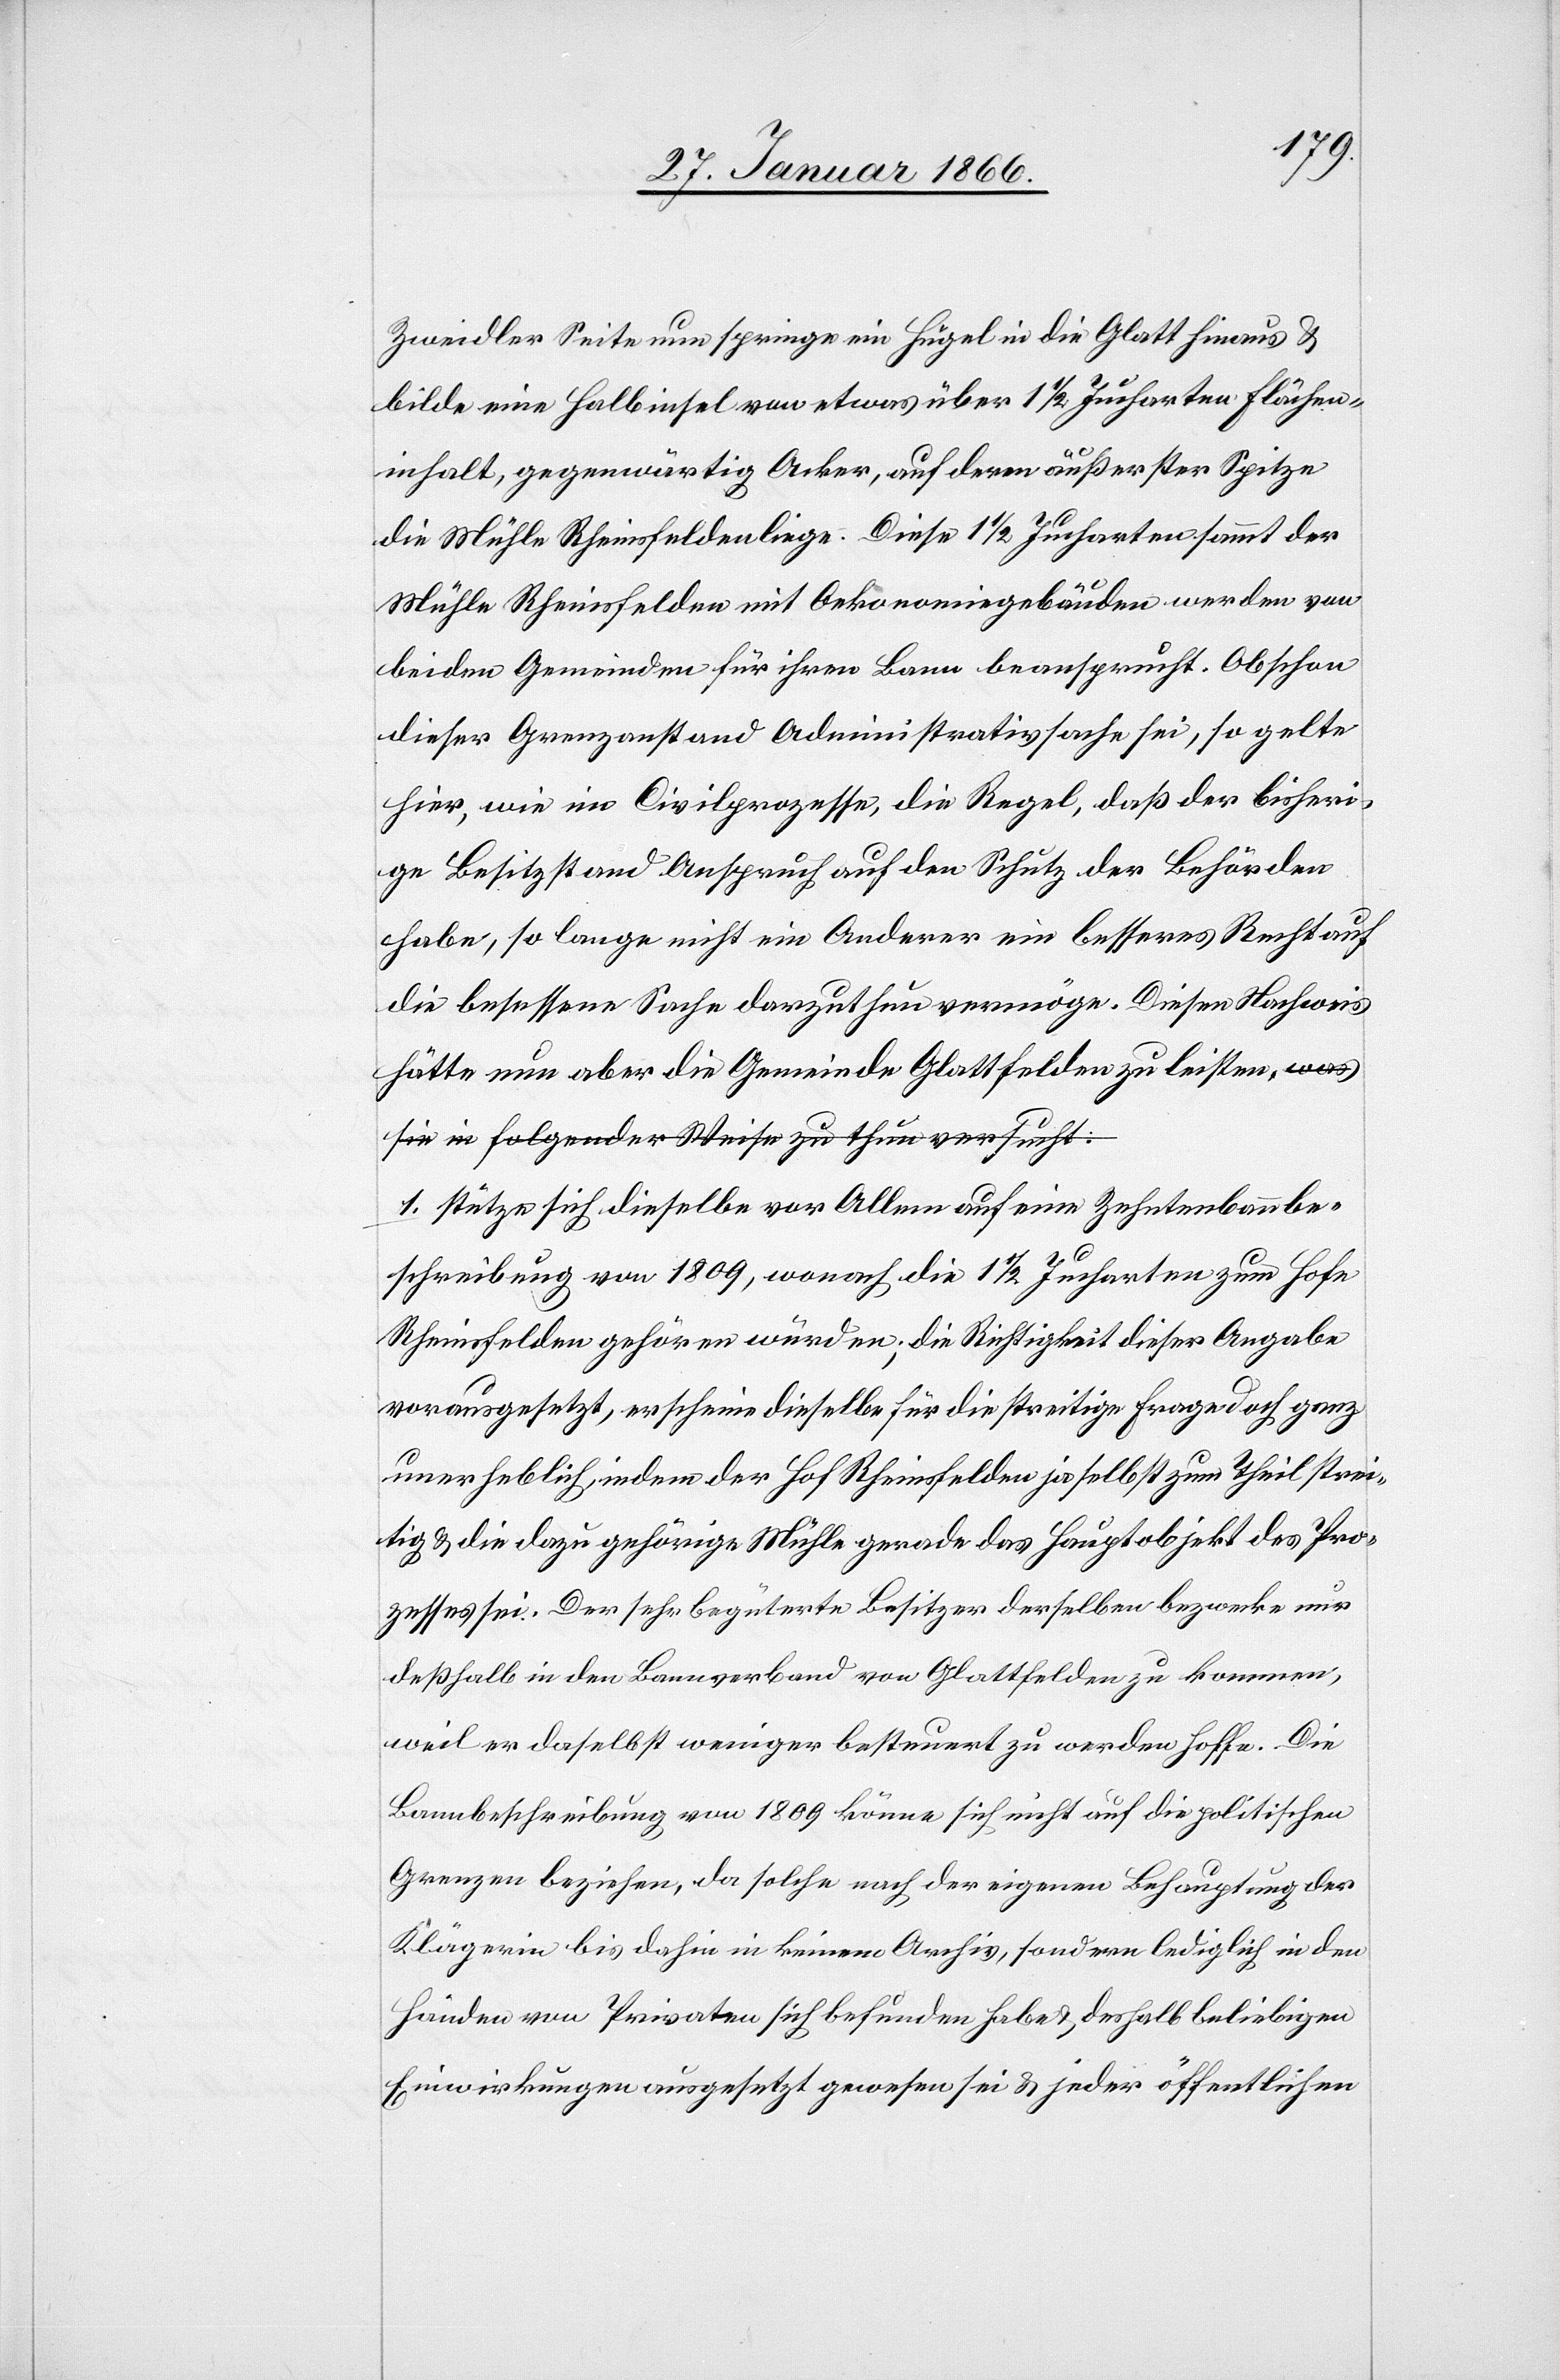
Zweidler Seite nun springe ein Hügel in die Glatt hinaus u.
bilde eine Halbinsel von etwas über 1½ Jucharten Flächen¬
inhalt, gegenwärtig Acker, auf deren äußerster Spitze
die Mühle Rheinsfelden liege. Diese 1½ Jucharten sammt der
Mühle Rheinsfelden mit Oekonomiegebäuden werden von
beiden Gemeinden für ihren Bann beansprucht. Obschon
dieser Grenzanstand Administrationssache sei, so gelte
hier, wie im Civilprozesse, die Regel, daß der bisheri¬
ge Besitzstand Anspruch auf den Schutz der Behörden
habe, so lange nicht ein Anderer ein besseres Recht auf
die besessene Sache darzuthun vermöge. Diesen Nachweis
hätte nun aber die Gemeinde Glattfelden zu leisten. a-was
sie in folgender Weise zu thun versucht:-a
1. stütze sich dieselbe vor Allem auf eine Zehntenbannbe¬
schreibung von 1809, wonach die 1½ Jucharten zum Hofe
Rheinsfelden gehören würden; die Richtigkeit dieser Angabe
vorausgesetzt, erscheine dieselbe für die streitige Frage doch ganz
unerheblich, indem der Hof Rheinsfelden ja selbst zum Theil strei¬
tig u. die dazu gehörige Mühle gerade das Hauptobjekt des Pro¬
zesses sei. Der sehr begüterte Besitzer derselben bezwecke nur
deßhalb in den Bannverband von Glattfelden zu kommen,
weil er daselbst weniger besteuert zu werden hoffe. Die
Bannbeschreibung von 1809 könne sich nicht auf die politischen
Grenzen beziehen, da solche nach der eigenen Behauptung der
Klägerin bis dahin in keinem Archiv, sondern lediglich in den
Händen von Privaten sich befunden habe u. deshalb beliebigen
Einwirkungen ausgesetzt gewesen sei u. jeder öffentlichen